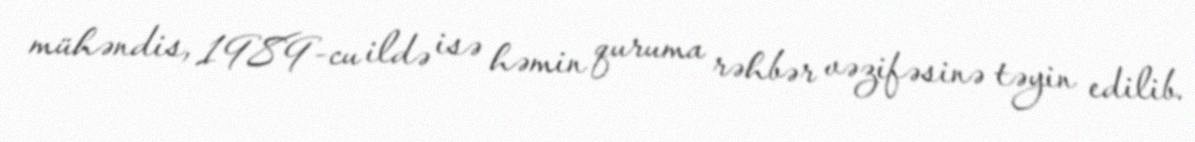
mühəndis, 1989-cu ildə isə həmin quruma rəhbər vəzifəsinə təyin edilib.